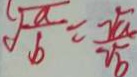
\sqrt { \frac { a } { b } } = \frac { \sqrt { 2 } } { \sqrt { b } }